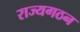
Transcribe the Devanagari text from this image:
राज्यगठन